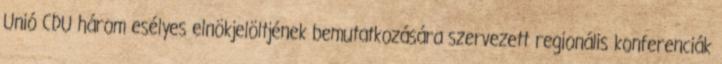
Unió CDU három esélyes elnökjelöltjének bemutatkozására szervezett regionális konferenciák